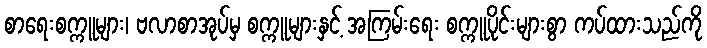
စာရေးစက္ကူများ၊ ဗလာစာအုပ်မှ စက္ကူများနှင့် အကြမ်းရေး စက္ကူပိုင်းများစွာ ကပ်ထားသည်ကို